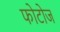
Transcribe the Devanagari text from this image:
फोटोज